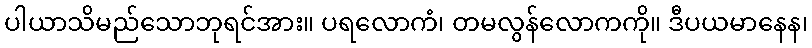
ပါယာသိမည်သောဘုရင်အား။ ပရလောကံ၊ တမလွန်လောကကို။ ဒီပယမာနေန၊